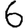
Digit: 6